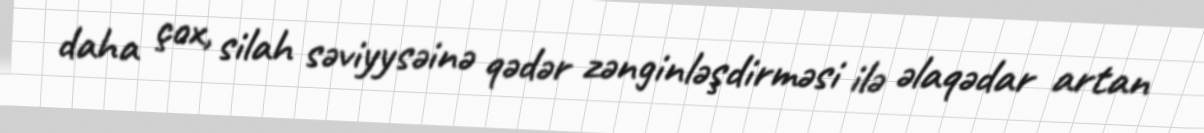
daha çox, silah səviyysəinə qədər zənginləşdirməsi ilə əlaqədar artan